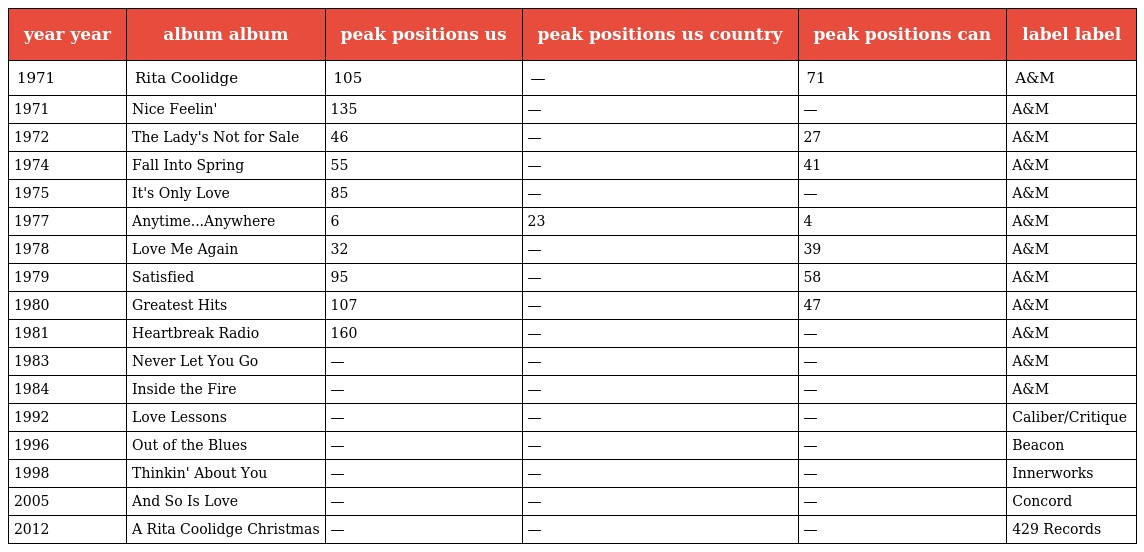
| year year | album album | peak positions us | peak positions us country | peak positions can | label label |
 | --- | --- | --- | --- | --- | --- |
 | 1971 | Rita Coolidge | 105 | — | 71 | A&M |
 | 1971 | Nice Feelin' | 135 | — | — | A&M |
 | 1972 | The Lady's Not for Sale | 46 | — | 27 | A&M |
 | 1974 | Fall Into Spring | 55 | — | 41 | A&M |
 | 1975 | It's Only Love | 85 | — | — | A&M |
 | 1977 | Anytime...Anywhere | 6 | 23 | 4 | A&M |
 | 1978 | Love Me Again | 32 | — | 39 | A&M |
 | 1979 | Satisfied | 95 | — | 58 | A&M |
 | 1980 | Greatest Hits | 107 | — | 47 | A&M |
 | 1981 | Heartbreak Radio | 160 | — | — | A&M |
 | 1983 | Never Let You Go | — | — | — | A&M |
 | 1984 | Inside the Fire | — | — | — | A&M |
 | 1992 | Love Lessons | — | — | — | Caliber/Critique |
 | 1996 | Out of the Blues | — | — | — | Beacon |
 | 1998 | Thinkin' About You | — | — | — | Innerworks |
 | 2005 | And So Is Love | — | — | — | Concord |
 | 2012 | A Rita Coolidge Christmas | — | — | — | 429 Records |